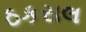
ઠકરાલ